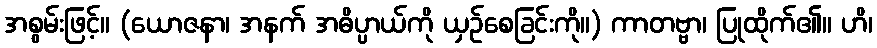
အစွမ်းဖြင့်။ (ယောဇနာ၊ အနက် အဓိပ္ပာယ်ကို ယှဉ်စေခြင်းကို။) ကာတဗ္ဗာ၊ ပြုထိုက်၏။ ဟိ၊